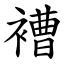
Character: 褿